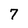
Character: 7